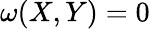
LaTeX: \omega(X,Y)=0